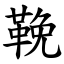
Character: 鞔